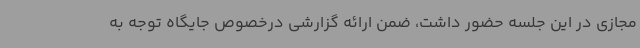
مجازی در این جلسه حضور داشت، ضمن ارائه گزارشی درخصوص جایگاه توجه به